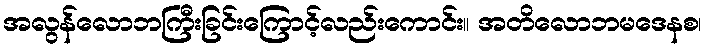
အလွန်လောဘကြီးခြင်းကြောင့်လည်းကောင်း။ အတိလောဘမဒေနစ၊